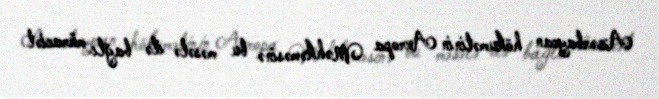
Azərbaycan hökumətinin Avropa Məhkəməsinə bu məsələ ilə bağlı müraciət